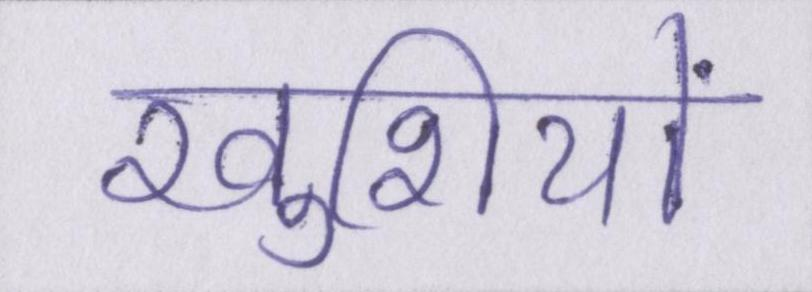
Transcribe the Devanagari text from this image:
खुशियों